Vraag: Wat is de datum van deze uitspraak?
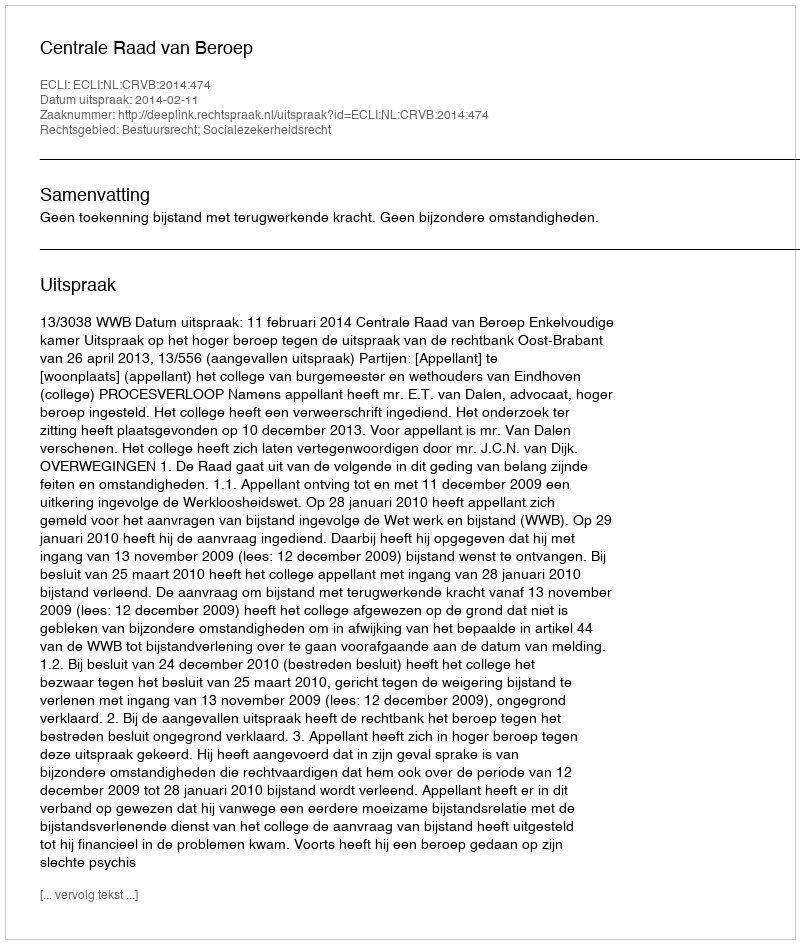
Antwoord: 2014-02-11